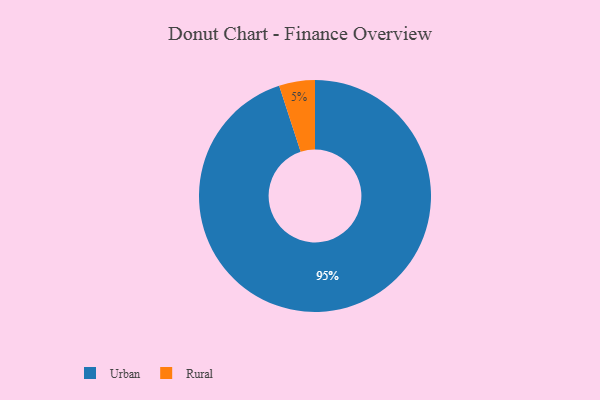
{"axis": {"x": "Category", "y": "Percentage"}, "legend": ["Rural", "Urban"], "data": [{"x": "Urban", "y": 95, "type": "Urban"}, {"x": "Rural", "y": 5, "type": "Rural"}]}